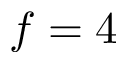
f = 4